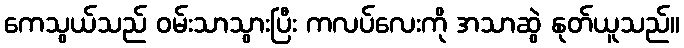
ကေသွယ်သည် ဝမ်းသာသွားပြီး ကလပ်လေးကို အသာဆွဲ နုတ်ယူသည်။